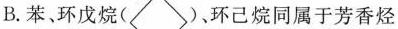
B.苯、环戊烷( )，环己烷同属于芳香烃